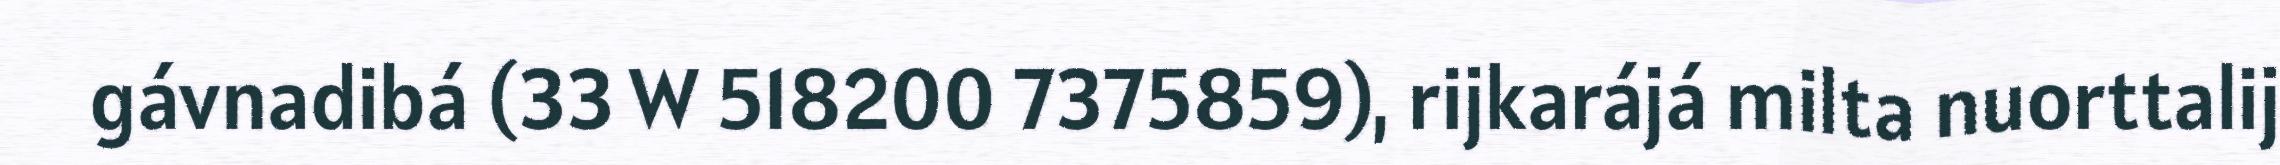
gávnadibá (33 W 518200 7375859), rijkarájá milta nuorttalij